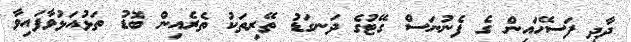
ދާދި ފަސޭހައިން ގެ ފެނުނަސް ގޭޓުގެ ދަނގަޑު ތޭރިތަކު ތެރެއިން ބޮޑު ތަޅުއަޅުވާފައިވާ